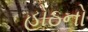
હોઠનો